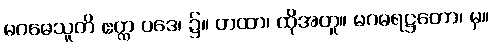
မဂဓေသူတိ ဧတ္ထ ပဒေ၊ ၌။ တထာ၊ ထိုအတူ။ မဂဓရဋ္ဌတော၊ မှ။